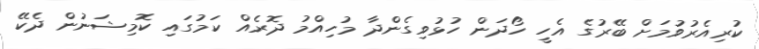
ކުރިއެރުވުމަށް ބޭރުގެ އެހީ ހޯދަން ހުޅުވިގެންދާ މުހިއްމު ދޮރެއް ކަމުގައި ކޮމިޝަނުން ދެކޭ